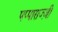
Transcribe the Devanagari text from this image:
पप्पाराज्ज़ी